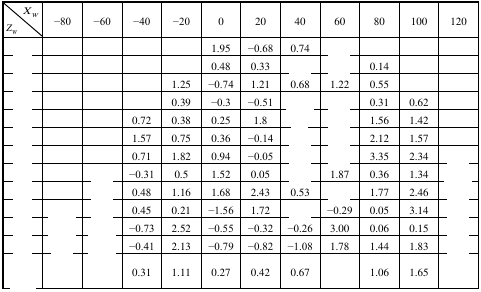
<table><thead><tr><td><b><i>X<sub>W</sub></i></b></td><td rowspan="2"><b>−80</b></td><td rowspan="2"><b>−60</b></td><td rowspan="2"><b>−40</b></td><td rowspan="2"><b>−20</b></td><td rowspan="2"><b>0</b></td><td rowspan="2"><b>20</b></td><td rowspan="2"><b>40</b></td><td rowspan="2"><b>60</b></td><td rowspan="2"><b>80</b></td><td rowspan="2"><b>100</b></td><td rowspan="2"><b>120</b></td></tr><tr><td><b><i>Z<sub>W</sub></i></b></td></tr></thead><tbody><tr><td>[EMPTY_CELL]</td><td>[EMPTY_CELL]</td><td>[EMPTY_CELL]</td><td>[EMPTY_CELL]</td><td>[EMPTY_CELL]</td><td>1.95</td><td>−0.68</td><td>0.74</td><td>[EMPTY_CELL]</td><td>[EMPTY_CELL]</td><td>[EMPTY_CELL]</td><td>[EMPTY_CELL]</td></tr><tr><td>[EMPTY_CELL]</td><td>[EMPTY_CELL]</td><td>[EMPTY_CELL]</td><td>[EMPTY_CELL]</td><td>[EMPTY_CELL]</td><td>0.48</td><td>0.33</td><td>[EMPTY_CELL]</td><td>[EMPTY_CELL]</td><td>0.14</td><td>[EMPTY_CELL]</td><td>[EMPTY_CELL]</td></tr><tr><td>[EMPTY_CELL]</td><td>[EMPTY_CELL]</td><td>[EMPTY_CELL]</td><td>[EMPTY_CELL]</td><td>1.25</td><td>−0.74</td><td>1.21</td><td>0.68</td><td>1.22</td><td>0.55</td><td>[EMPTY_CELL]</td><td>[EMPTY_CELL]</td></tr><tr><td>[EMPTY_CELL]</td><td>[EMPTY_CELL]</td><td>[EMPTY_CELL]</td><td>[EMPTY_CELL]</td><td>0.39</td><td>−0.3</td><td>−0.51</td><td>[EMPTY_CELL]</td><td>[EMPTY_CELL]</td><td>0.31</td><td>0.62</td><td>[EMPTY_CELL]</td></tr><tr><td>[EMPTY_CELL]</td><td>[EMPTY_CELL]</td><td>[EMPTY_CELL]</td><td>0.72</td><td>0.38</td><td>0.25</td><td>1.8</td><td>[EMPTY_CELL]</td><td>[EMPTY_CELL]</td><td>1.56</td><td>1.42</td><td>[EMPTY_CELL]</td></tr><tr><td>[EMPTY_CELL]</td><td>[EMPTY_CELL]</td><td>[EMPTY_CELL]</td><td>1.57</td><td>0.75</td><td>0.36</td><td>−0.14</td><td>[EMPTY_CELL]</td><td>[EMPTY_CELL]</td><td>2.12</td><td>1.57</td><td>[EMPTY_CELL]</td></tr><tr><td>[EMPTY_CELL]</td><td>[EMPTY_CELL]</td><td>[EMPTY_CELL]</td><td>0.71</td><td>1.82</td><td>0.94</td><td>−0.05</td><td>[EMPTY_CELL]</td><td>[EMPTY_CELL]</td><td>3.35</td><td>2.34</td><td>[EMPTY_CELL]</td></tr><tr><td>[EMPTY_CELL]</td><td>[EMPTY_CELL]</td><td>[EMPTY_CELL]</td><td>−0.31</td><td>0.5</td><td>1.52</td><td>0.05</td><td>[EMPTY_CELL]</td><td>1.87</td><td>0.36</td><td>1.34</td><td>[EMPTY_CELL]</td></tr><tr><td>[EMPTY_CELL]</td><td>[EMPTY_CELL]</td><td>[EMPTY_CELL]</td><td>0.48</td><td>1.16</td><td>1.68</td><td>2.43</td><td>0.53</td><td>[EMPTY_CELL]</td><td>1.77</td><td>2.46</td><td>[EMPTY_CELL]</td></tr><tr><td>[EMPTY_CELL]</td><td>[EMPTY_CELL]</td><td>[EMPTY_CELL]</td><td>0.45</td><td>0.21</td><td>−1.56</td><td>1.72</td><td>[EMPTY_CELL]</td><td>−0.29</td><td>0.05</td><td>3.14</td><td>[EMPTY_CELL]</td></tr><tr><td>[EMPTY_CELL]</td><td>[EMPTY_CELL]</td><td>[EMPTY_CELL]</td><td>−0.73</td><td>2.52</td><td>−0.55</td><td>−0.32</td><td>−0.26</td><td>3.00</td><td>0.06</td><td>0.15</td><td>[EMPTY_CELL]</td></tr><tr><td>[EMPTY_CELL]</td><td>[EMPTY_CELL]</td><td>[EMPTY_CELL]</td><td>−0.41</td><td>2.13</td><td>−0.79</td><td>−0.82</td><td>−1.08</td><td>1.78</td><td>1.44</td><td>1.83</td><td>[EMPTY_CELL]</td></tr><tr><td>[EMPTY_CELL]</td><td>[EMPTY_CELL]</td><td>[EMPTY_CELL]</td><td>0.31</td><td>1.11</td><td>0.27</td><td>0.42</td><td>0.67</td><td>[EMPTY_CELL]</td><td>1.06</td><td>1.65</td><td>[EMPTY_CELL]</td></tr></tbody></table>